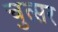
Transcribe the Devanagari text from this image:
चुत्सर